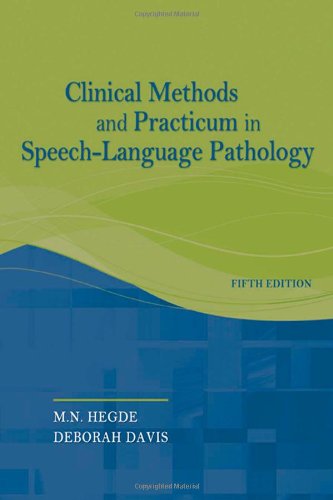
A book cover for Clinical Methods and Practicum in Speech-Language Pathology; M.N. Hegde; Medical Books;